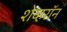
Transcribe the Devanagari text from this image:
शेव्हरॉन